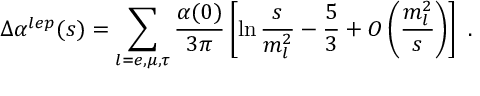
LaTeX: \Delta \alpha ^ { l e p } ( s ) = \sum _ { l = e , \mu , \tau } \frac { \alpha ( 0 ) } { 3 \pi } \left[ \ln \frac { s } { m _ { l } ^ { 2 } } - \frac { 5 } { 3 } + { \cal O } \left( \frac { m _ { l } ^ { 2 } } { s } \right) \right] ~ .